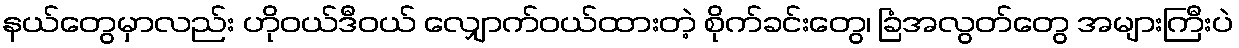
နယ်တွေမှာလည်း ဟိုဝယ်ဒီဝယ် လျှောက်ဝယ်ထားတဲ့ စိုက်ခင်းတွေ၊ ခြံအလွတ်တွေ အများကြီးပဲ